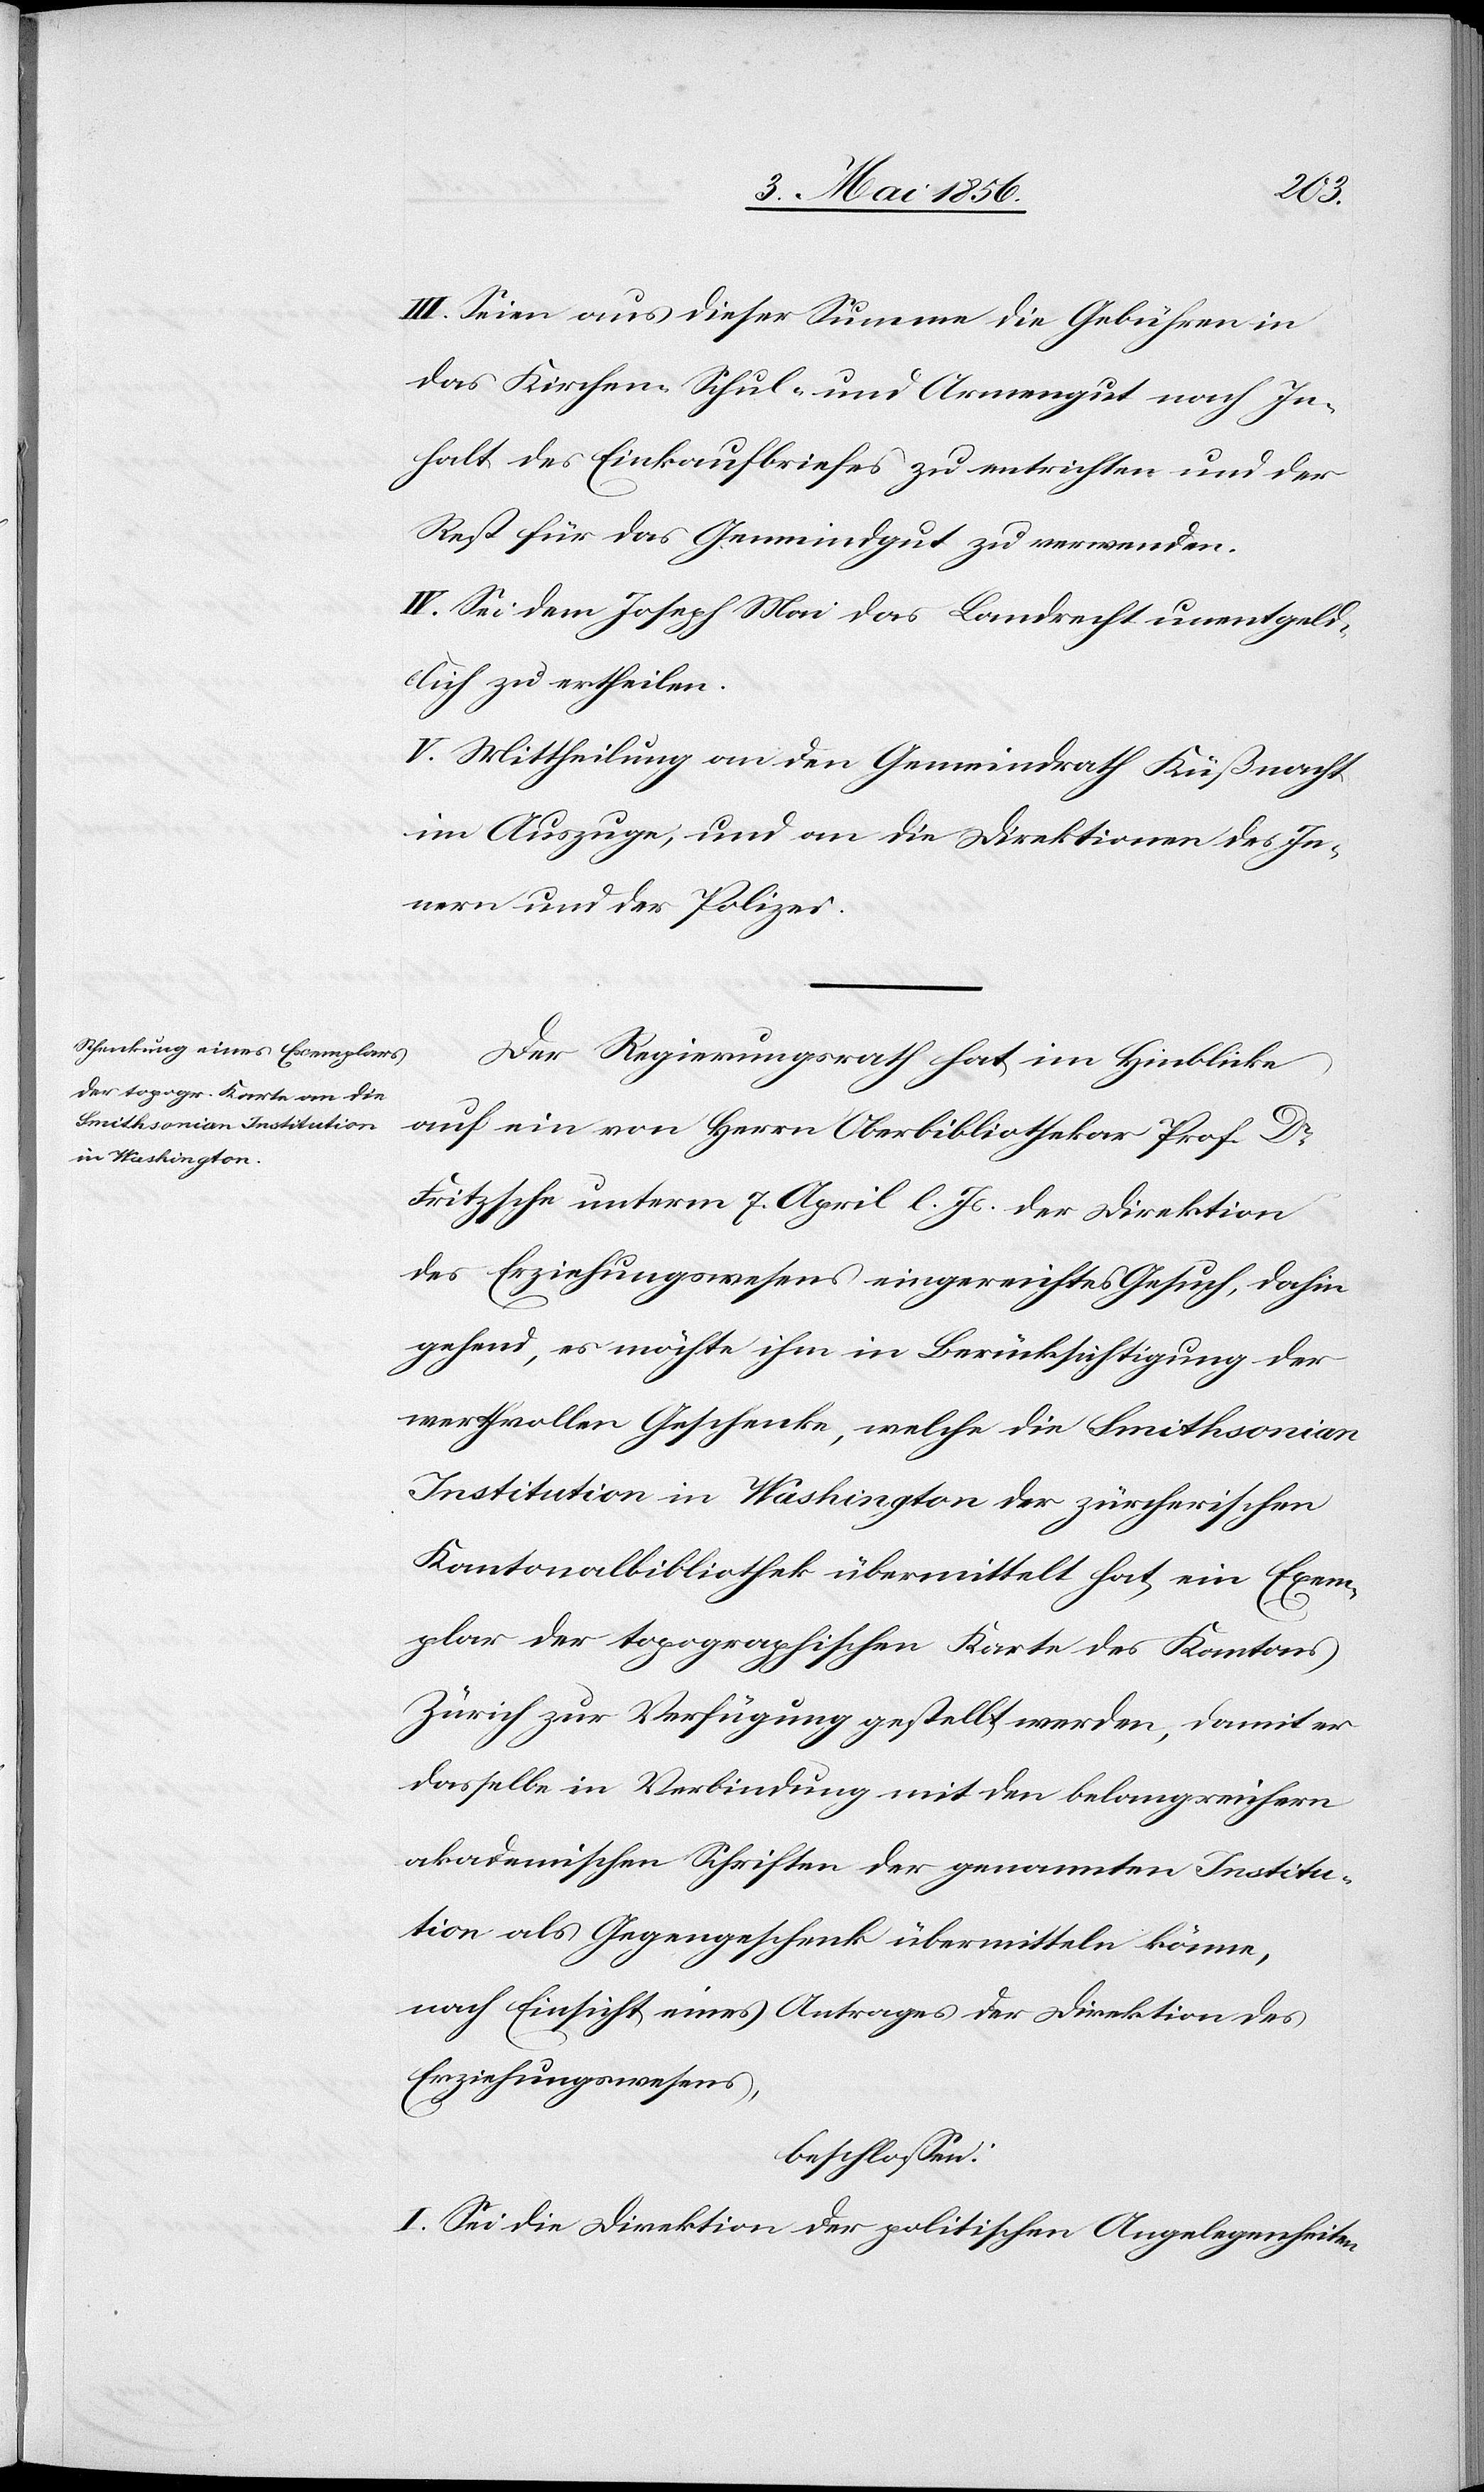
III. Seien aus dieser Summe die Gebühren in
das Kirchen- [,] Schul- und Armengut nach In¬
halt des Einkaufbriefes zu entrichten und der
Rest für das Gemeindgut zu verwenden.
IV. Sei dem Joseph Mai das Landrecht unentgeld¬
lich zu ertheilen.
V. Mittheilung an den Gemeindrath Küßnacht
im Auszuge, und an die Direktionen des In¬
nern und der Polizei.
Der Regierungsrath hat in Hinblicke
auf ein von Herrn Oberbibliothekar Prof. Dr
Fritzsche unterm 7. April l. Js. der Direktion
des Erziehungswesens eingereichtes Gesuch, dahin
gehend, es möchte ihm in Berücksichtigung der
werthvollen Geschenke, welche die Smithsonian
Institution in Washington der zürcherischen
Kantonalbibliothek übermittelt hat, ein Exem¬
plar der topographischen Karte des Kantons
Zürich zur Verfügung gestellt werden, damit er
dasselbe in Verbindung mit den belangreichern
akademischen Schriften der genannten Institu¬
tion als Gegengeschenk übermitteln könne,
nach Einsicht eines Antrages der Direktion des
Erziehungswesens,
beschlossen:
I. Sei die Direktion der politischen Angelegenheiten